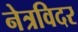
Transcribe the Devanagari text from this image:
नेत्रविदर